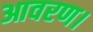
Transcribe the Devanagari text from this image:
आवरण।